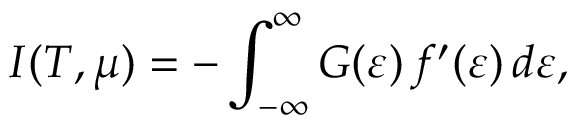
I ( T , \mu ) = - \int _ { - \infty } ^ { \infty } G ( \varepsilon ) \, f ^ { \prime } ( \varepsilon ) \, d \varepsilon ,